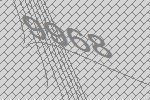
9968